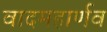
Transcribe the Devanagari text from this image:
वादमहार्णव